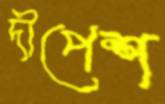
দীপেশ